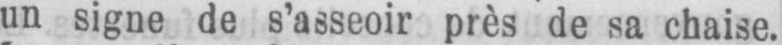
un signe de s’asseoir près de sa chaise.